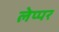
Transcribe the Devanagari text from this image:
लेप्पर